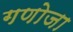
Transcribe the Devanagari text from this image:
गणोजा